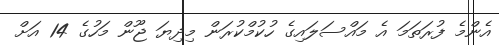
އެންމެ ފުރަތަމަ އެ މައްސަލައިގެ ހުކުމްކުރަން މިދިޔަ ޖޫން މަހުގެ 14 އަށް